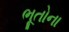
ભૂતોના